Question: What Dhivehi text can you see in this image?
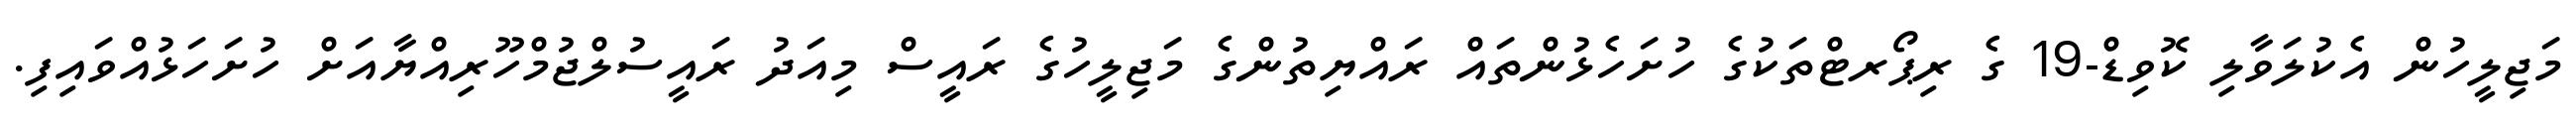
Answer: މަޖިލީހުން އެކުލަވާލި ކޮވިޑް-19 ގެ ރިޕޯރޓްތަކުގެ ހުށަހެޅުންތައް ރައްޔިތުންގެ މަޖިލީހުގެ ރައީސް މިއަދު ރައީސުލްޖުމްހޫރިއްޔާއަށް ހުށަހަޅުއްވައިފި.